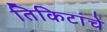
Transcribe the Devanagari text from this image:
तिकिटांचे